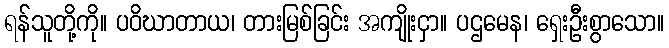
ရန်သူတို့ကို။ ပဝိဃာတာယ၊ တားမြစ်ခြင်း အကျိုးငှာ။ ပဌမေန၊ ရှေးဦးစွာသော။